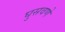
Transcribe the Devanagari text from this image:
घुसवणे